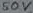
Text: 500v